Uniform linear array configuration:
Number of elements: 12
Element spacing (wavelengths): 0.25
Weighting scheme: cosine
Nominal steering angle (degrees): -45
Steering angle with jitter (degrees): -44.136
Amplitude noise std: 0.05
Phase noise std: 0.05

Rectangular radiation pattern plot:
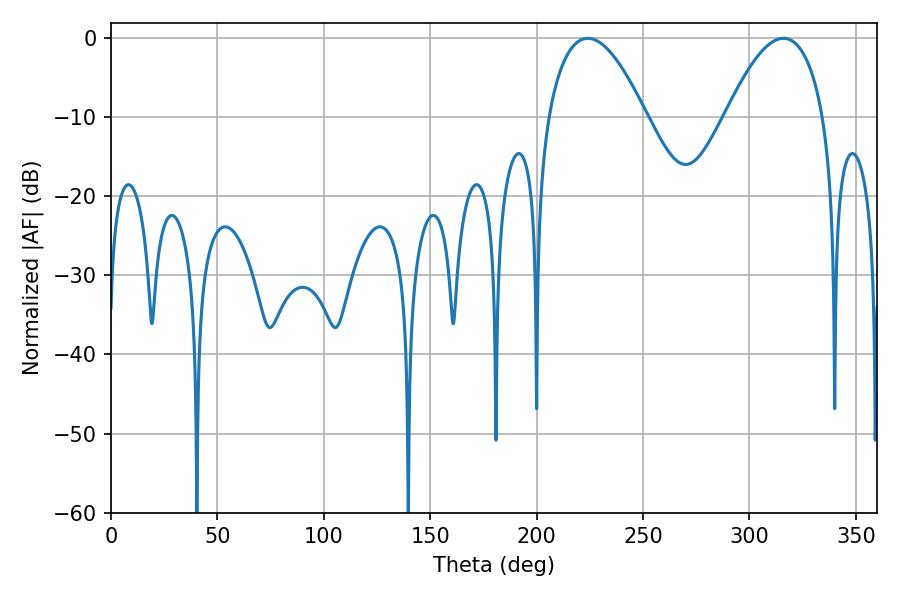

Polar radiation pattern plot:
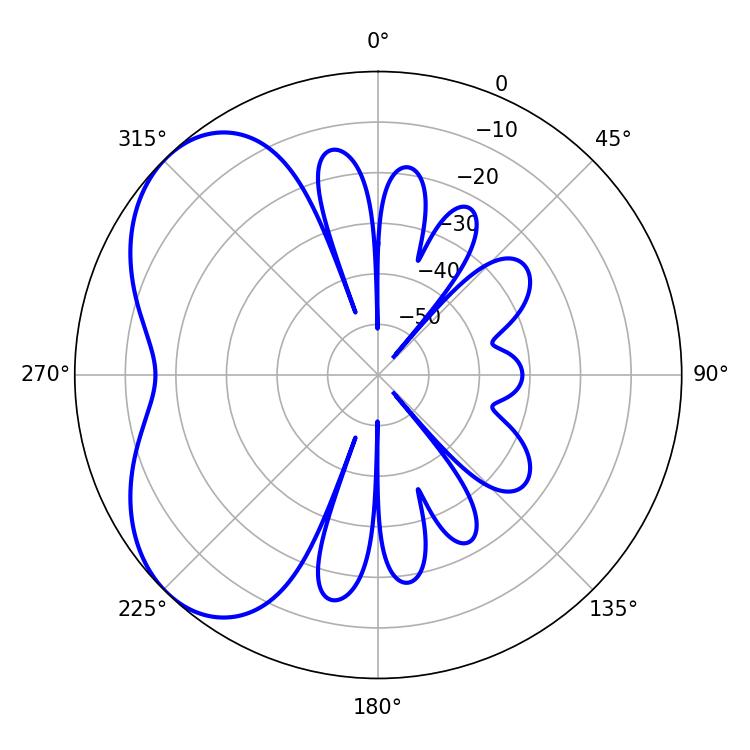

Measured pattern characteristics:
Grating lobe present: FALSE
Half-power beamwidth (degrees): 25.38
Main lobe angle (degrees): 224.1